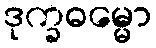
ဒုက္ခဓမ္မော